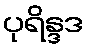
ပုရိန္ဒဒ